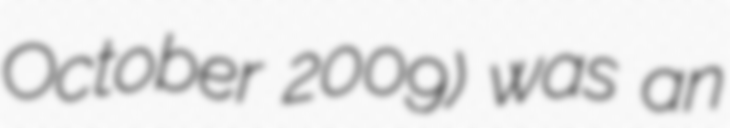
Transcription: October 2009) was an